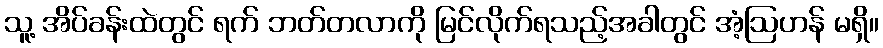
သူ့ အိပ်ခန်းထဲတွင် ရက် ဘတ်တလာကို မြင်လိုက်ရသည့်အခါတွင် အံ့ဩဟန် မရှိ။